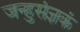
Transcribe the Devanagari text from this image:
जन्हुसंज्ञकं